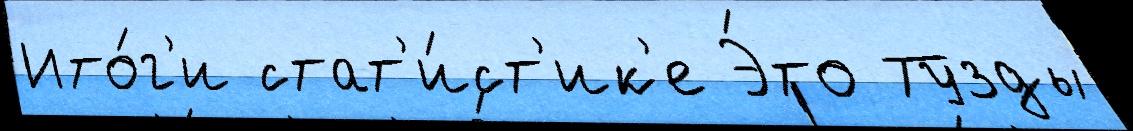
Ито́г'и стат'и́ст'ик'е Э́то Тузды